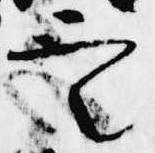
定